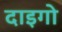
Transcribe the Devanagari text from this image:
दाइगो